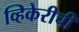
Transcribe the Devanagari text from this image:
व्हिकेरीची